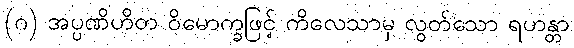
(ဂ) အပ္ပဏိဟိတ ဝိမောက္ခဖြင့် ကိလေသာမှ လွတ်သော ရဟန္တာ